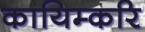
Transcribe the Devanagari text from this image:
कायिम्करि